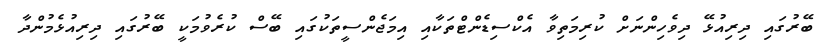
ބޭރުގައި ދިރިއުޅޭ ދިވެހިންނަށް ކުރިމަތިވާ އެކްސިޑެންޓްތަކާއި އިމަޖެންސީތަކުގައި ބޭސް ކުރެވުމަކީ ބޭރުގައި ދިރިއުޅެމުންދާ